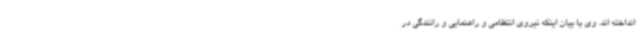
انداخته اند. وی با بیان اینکه نیروی انتظامی و راهنمایی و رانندگی در